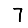
Digit: 7